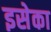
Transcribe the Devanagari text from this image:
इसेका